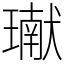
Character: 𤩽